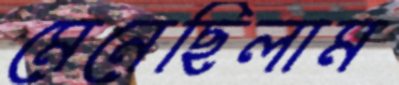
মেনেছিলাম